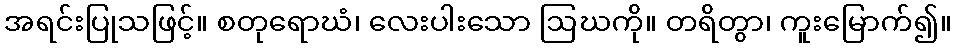
အရင်းပြုသဖြင့်။ စတုရောဃံ၊ လေးပါးသော ဩဃကို။ တရိတွာ၊ ကူးမြောက်၍။